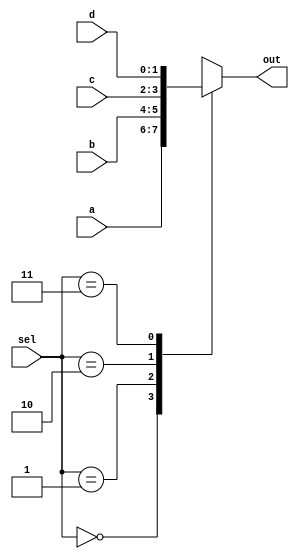
//4-input multiplexer
module mux_4(

input       wire    [1:0]   a,
input       wire    [1:0]   b,
input       wire    [1:0]   c,
input       wire    [1:0]   d,
input       wire    [1:0]   sel,

output      reg     [1:0]   out
);
always@(a or b or c or d or sel)
begin
    case(sel)
        2'b00   :   out = a;
        2'b01   :   out = b;
        2'b10   :   out = c;
        2'b11   :   out = d;
    endcase
end

endmodule